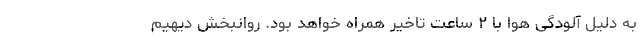
به دلیل آلودگی هوا با ۲ ساعت تاخیر همراه خواهد بود. روانبخش دیهیم